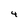
Character: 4